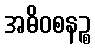
အဓိဝစနဉ္စ